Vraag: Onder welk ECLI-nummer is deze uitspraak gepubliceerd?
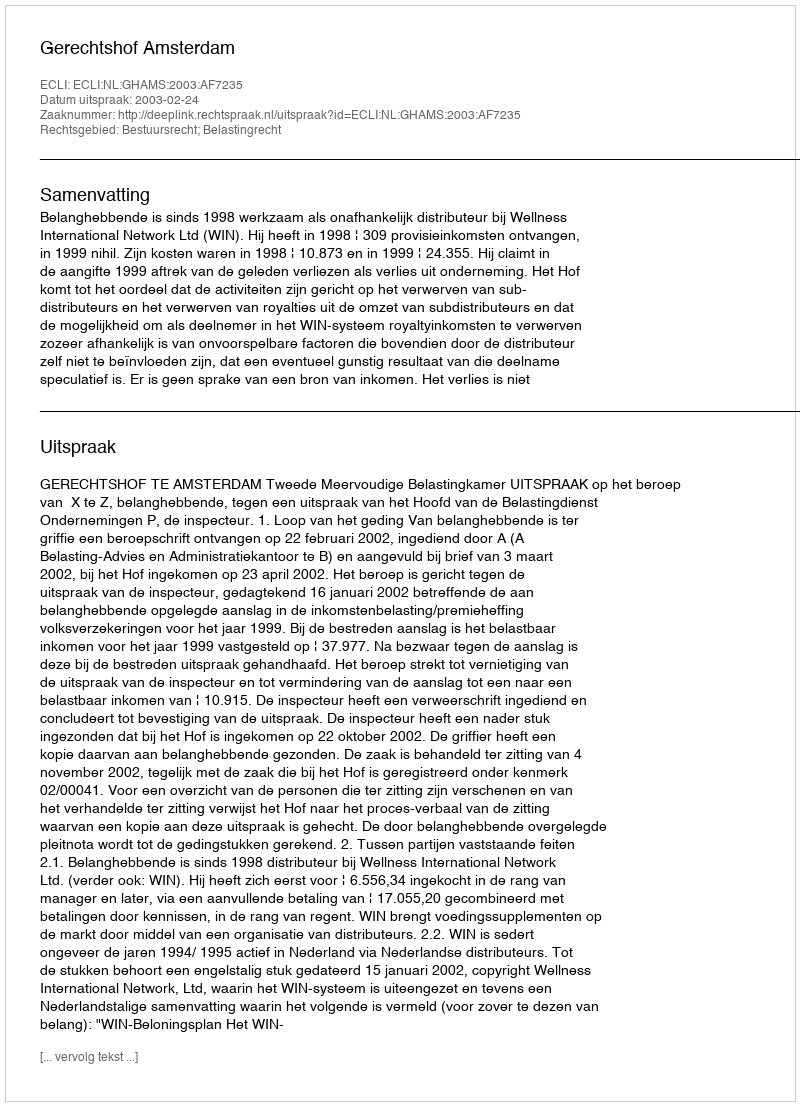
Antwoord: ECLI:NL:GHAMS:2003:AF7235